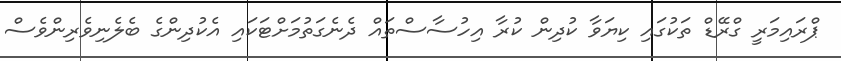
ޕްރައިމަރީ ގްރޭޑް ތަކުގައި ކިޔަވާ ކުދިން ކުރާ އިހުސާސްތައް ދެނެގަތުމަށްޓަކައި އެކުދިންގެ ބެލެނިވެރިންވެސް